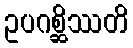
ဥပဂစ္ဆိဿတိ